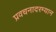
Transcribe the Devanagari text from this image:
प्रवचनादरम्यान